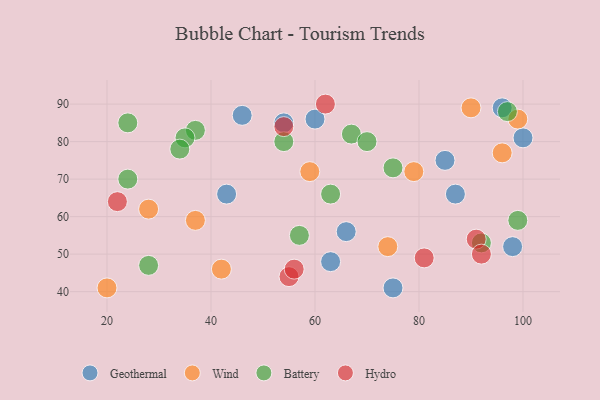
{"axis": {"x": "GDP", "y": "Life Expectancy"}, "legend": ["Battery", "Geothermal", "Hydro", "Wind"], "data": [{"x": "87", "y": 66, "type": "Geothermal"}, {"x": "96", "y": 89, "type": "Geothermal"}, {"x": "66", "y": 56, "type": "Geothermal"}, {"x": "85", "y": 75, "type": "Geothermal"}, {"x": "98", "y": 52, "type": "Geothermal"}, {"x": "75", "y": 41, "type": "Geothermal"}, {"x": "43", "y": 66, "type": "Geothermal"}, {"x": "100", "y": 81, "type": "Geothermal"}, {"x": "63", "y": 48, "type": "Geothermal"}, {"x": "46", "y": 87, "type": "Geothermal"}, {"x": "60", "y": 86, "type": "Geothermal"}, {"x": "54", "y": 85, "type": "Geothermal"}, {"x": "59", "y": 72, "type": "Wind"}, {"x": "20", "y": 41, "type": "Wind"}, {"x": "99", "y": 86, "type": "Wind"}, {"x": "96", "y": 77, "type": "Wind"}, {"x": "74", "y": 52, "type": "Wind"}, {"x": "42", "y": 46, "type": "Wind"}, {"x": "37", "y": 59, "type": "Wind"}, {"x": "79", "y": 72, "type": "Wind"}, {"x": "90", "y": 89, "type": "Wind"}, {"x": "28", "y": 62, "type": "Wind"}, {"x": "97", "y": 88, "type": "Battery"}, {"x": "92", "y": 53, "type": "Battery"}, {"x": "24", "y": 70, "type": "Battery"}, {"x": "57", "y": 55, "type": "Battery"}, {"x": "63", "y": 66, "type": "Battery"}, {"x": "37", "y": 83, "type": "Battery"}, {"x": "54", "y": 80, "type": "Battery"}, {"x": "67", "y": 82, "type": "Battery"}, {"x": "75", "y": 73, "type": "Battery"}, {"x": "24", "y": 85, "type": "Battery"}, {"x": "99", "y": 59, "type": "Battery"}, {"x": "35", "y": 81, "type": "Battery"}, {"x": "28", "y": 47, "type": "Battery"}, {"x": "70", "y": 80, "type": "Battery"}, {"x": "34", "y": 78, "type": "Battery"}, {"x": "55", "y": 44, "type": "Hydro"}, {"x": "62", "y": 90, "type": "Hydro"}, {"x": "22", "y": 64, "type": "Hydro"}, {"x": "56", "y": 46, "type": "Hydro"}, {"x": "91", "y": 54, "type": "Hydro"}, {"x": "92", "y": 50, "type": "Hydro"}, {"x": "81", "y": 49, "type": "Hydro"}, {"x": "54", "y": 84, "type": "Hydro"}]}